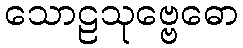
သောဠသုဗ္ဗေဓော